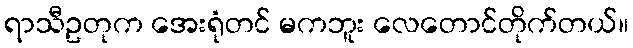
ရာသီဥတုက အေးရုံတင် မကဘူး လေတောင်တိုက်တယ်။